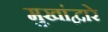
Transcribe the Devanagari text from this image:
मुखांद्वारे